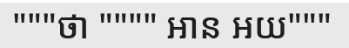
"""ថា """" អាន អយ"""